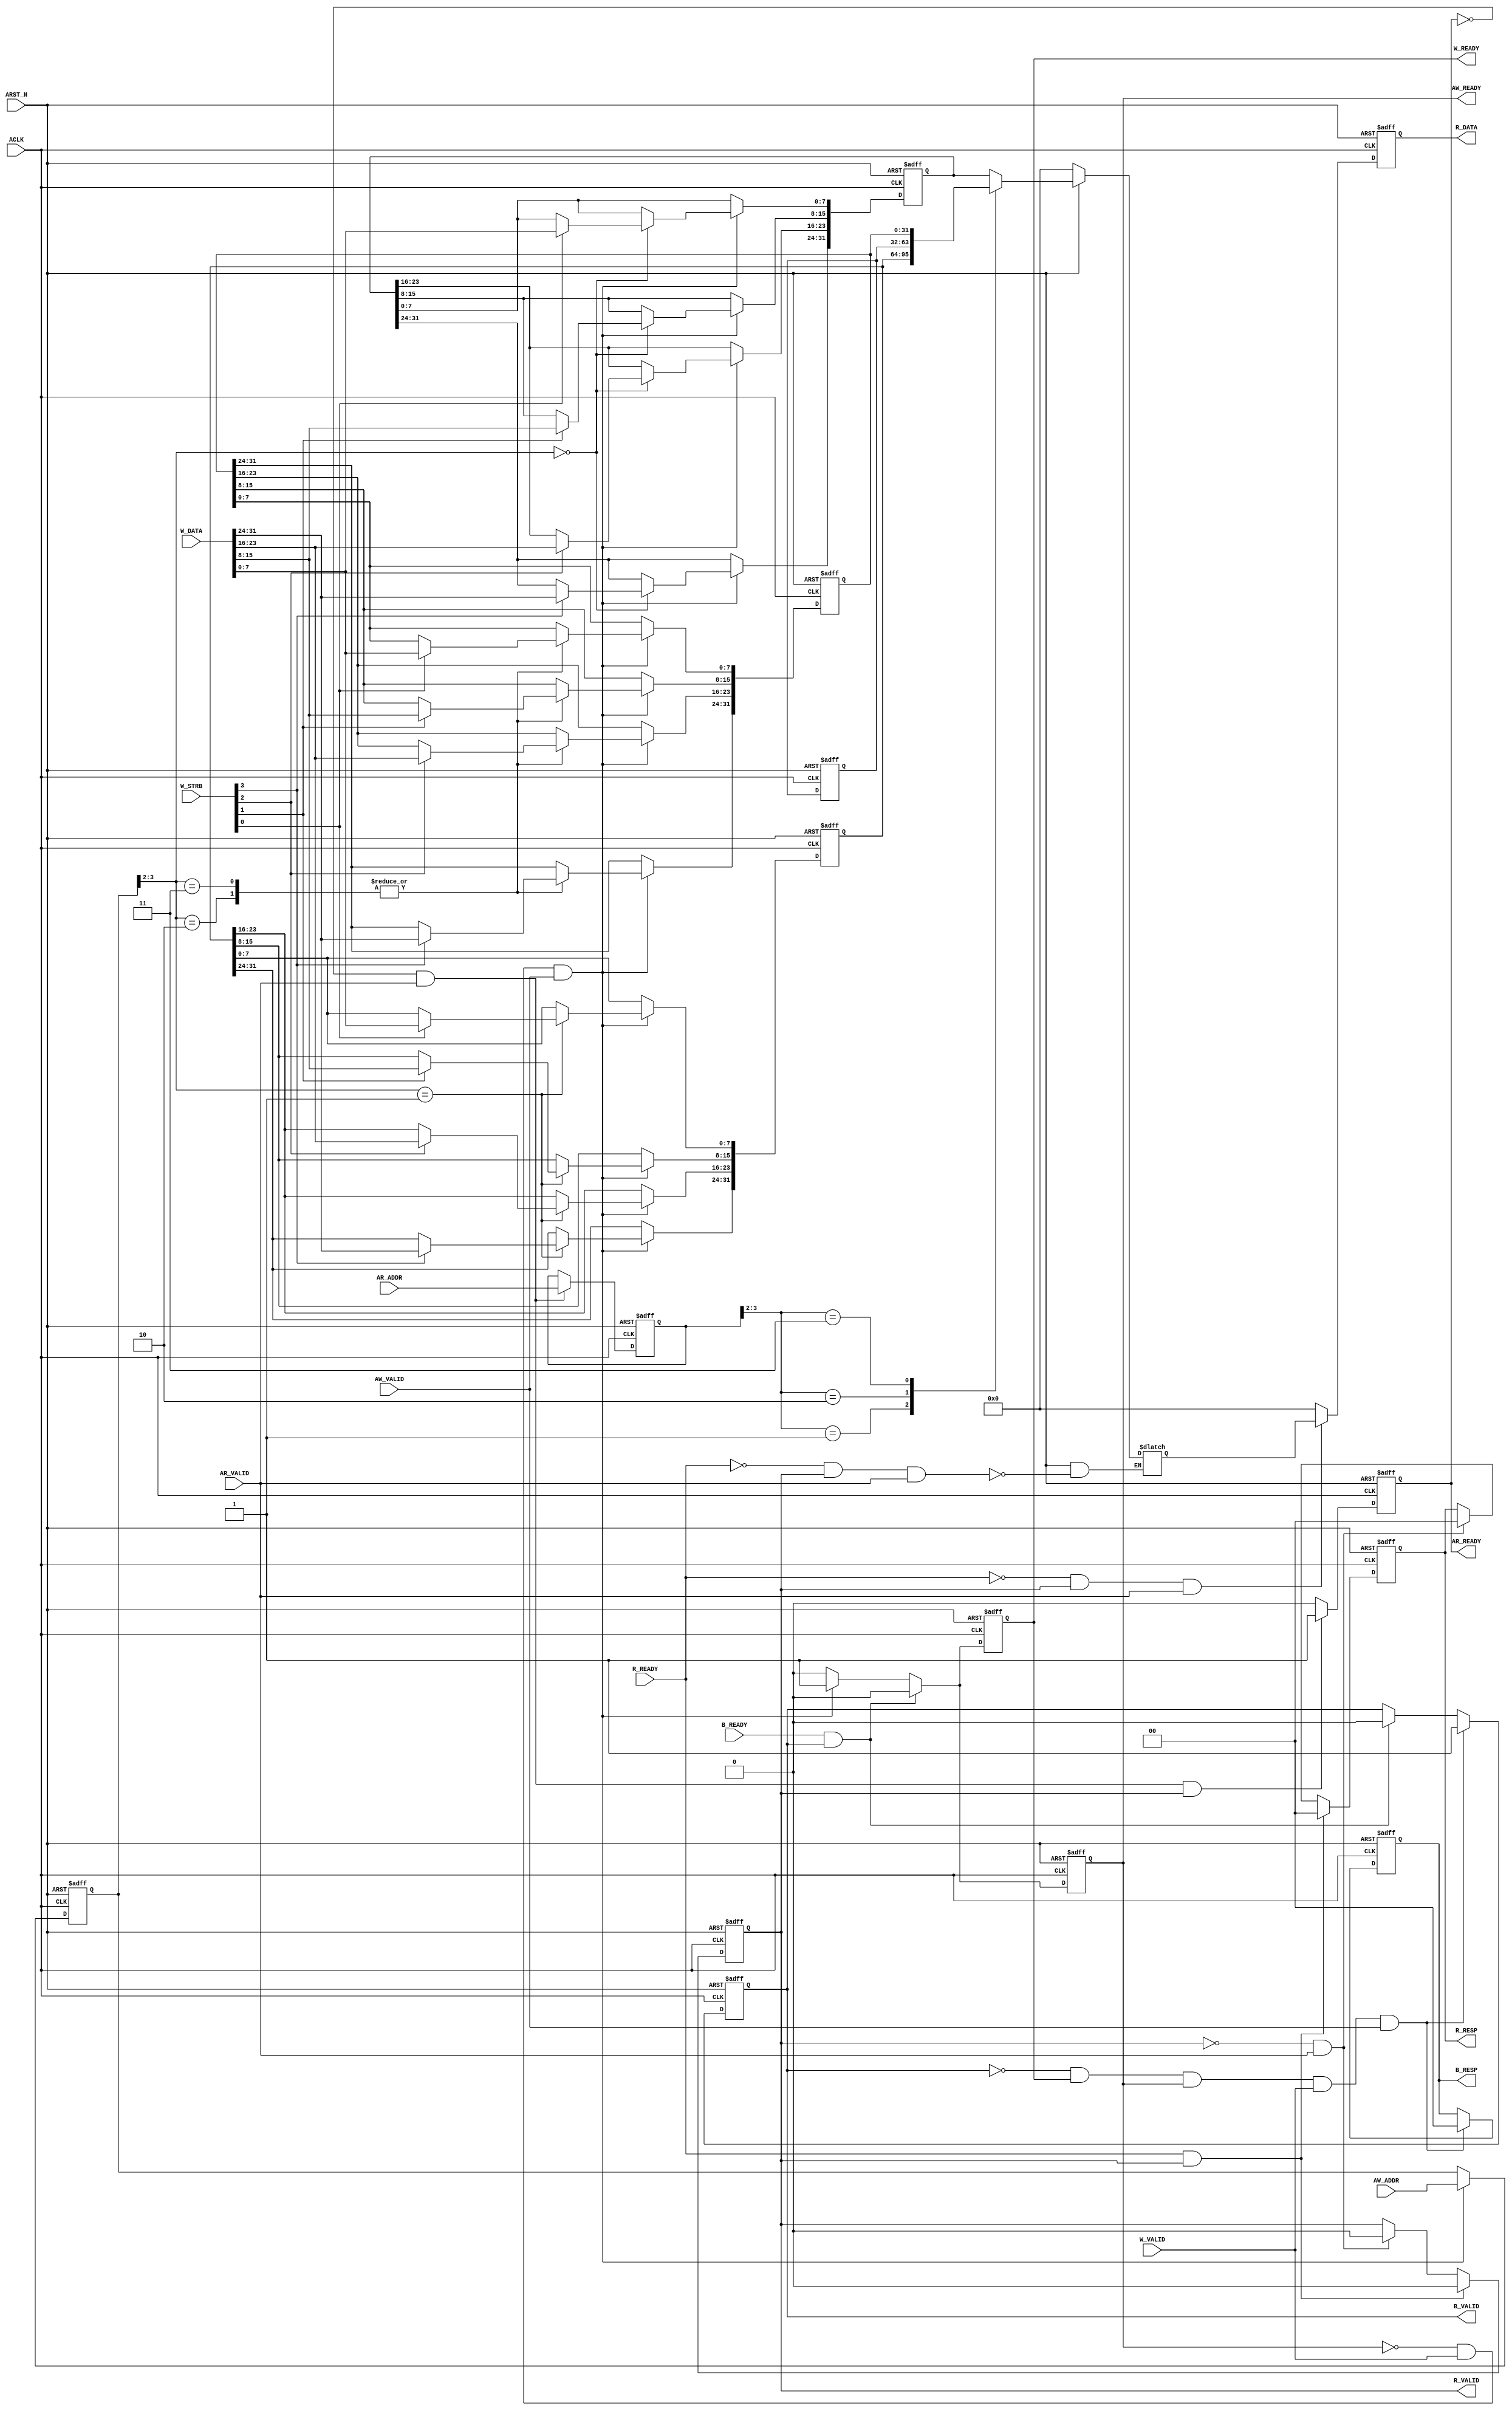
module AXI_LITE_SLAVE
#(
    parameter integer   ADDR_WIDTH = 4        ,
    parameter integer   DATA_WIDTH = 32
)
(
    input                               ACLK        ,
    input                               ARST_N      ,
//
    input       [ADDR_WIDTH-1:0]        AW_ADDR     ,
    input                               AW_VALID    ,
    output  reg                         AW_READY    ,
//
    input       [DATA_WIDTH-1:0]        W_DATA      ,
    input       [(DATA_WIDTH/8)-1:0]    W_STRB      ,
    input                               W_VALID     ,
    output  reg                         W_READY     ,
//
    output  reg [1:0]                   B_RESP      ,
    output  reg                         B_VALID     ,
    input                               B_READY     ,
//
    input       [ADDR_WIDTH-1:0]        AR_ADDR     ,
    input                               AR_VALID    ,
    output  reg                         AR_READY    ,
//
    output  reg [DATA_WIDTH-1:0]        R_DATA      ,
    output  reg [1:0]                   R_RESP      ,
    output  reg                         R_VALID     ,
    input                               R_READY
);

localparam LSB = DATA_WIDTH/32 + 1;//

integer i;

reg [ADDR_WIDTH-1:0]    waddr       ;
reg [ADDR_WIDTH-1:0]    raddr       ;

reg [DATA_WIDTH-1:0]    W_DATA_reg0 ;
reg [DATA_WIDTH-1:0]    W_DATA_reg1 ;
reg [DATA_WIDTH-1:0]    W_DATA_reg2 ;
reg [DATA_WIDTH-1:0]    W_DATA_reg3 ;
reg [DATA_WIDTH-1:0]    R_DATA_reg  ;


//
//AW_READY
always@(posedge ACLK or negedge ARST_N)begin
    if(!ARST_N)begin
        AW_READY <= 1'b0;
    end
    else if(B_READY && B_VALID)begin
        AW_READY <= 1'b0;
    end
    else if(!AW_READY && W_VALID && AW_VALID)begin
        AW_READY <= 1'b1;
    end
    else begin
        AW_READY <= 1'b0;
    end
end

//AW_ADDR
always@(posedge ACLK or negedge ARST_N)begin
    if(!ARST_N)begin
        waddr <= 'b0;
    end
    else if(!AW_READY && W_VALID && AW_VALID)begin
        waddr <= AW_ADDR;
    end
end

//
//W_READY
always@(posedge ACLK or negedge ARST_N)begin
    if(!ARST_N)begin
        W_READY <= 1'b0;
    end
    else if(B_READY && B_VALID)begin
        W_READY <= 1'b0;
    end
    else if(!AW_READY && W_VALID && AW_VALID)begin
        W_READY <= 1'b1;
    end
    else begin
        W_READY <= 1'b0;
    end
end

//W_DATA
always@(posedge ACLK or negedge ARST_N)begin
    if(!ARST_N)begin
        W_DATA_reg0  <= 'b0;
        W_DATA_reg1  <= 'b0;
        W_DATA_reg2  <= 'b0;
        W_DATA_reg3  <= 'b0;
    end
    else if(!AW_READY && W_VALID && AW_VALID)begin
        case(waddr[ADDR_WIDTH-1:LSB])
            2'b00:begin
                for(i = 0;i < (DATA_WIDTH/8); i = i + 1)begin
                    if(W_STRB[i])begin
                        W_DATA_reg0[i*8 +: 8] <= W_DATA[i*8 +: 8];
                    end
                end
            end

                2'b01:begin
                for(i = 0;i < (DATA_WIDTH/8); i = i + 1)begin
                    if(W_STRB[i])begin
                        W_DATA_reg1[i*8 +: 8] <= W_DATA[i*8 +: 8];
                    end
                end
            end

            2'b10:begin
                for(i = 0;i < (DATA_WIDTH/8); i = i + 1)begin
                    if(W_STRB[i])begin
                        W_DATA_reg3[i*8 +: 8] <= W_DATA[i*8 +: 8];
                    end
                end
            end

            2'b11:begin
                for(i = 0;i < (DATA_WIDTH/8); i = i + 1)begin
                    if(W_STRB[i])begin
                        W_DATA_reg3[i*8 +: 8] <= W_DATA[i*8 +: 8];
                    end
                end
            end

            default: begin
                W_DATA_reg0  <= W_DATA_reg0;
                W_DATA_reg1  <= W_DATA_reg1;
                W_DATA_reg2  <= W_DATA_reg2;
                W_DATA_reg3  <= W_DATA_reg3;
            end
        endcase
    end
end

//
//B_RESP
always@(posedge ACLK or negedge ARST_N)begin
    if(!ARST_N)begin
        B_RESP <= 2'b00;
    end
    else if(!B_VALID && W_READY && AW_READY && W_VALID && AW_VALID)begin
        B_RESP <= 2'b00;
    end
end

//B_VALID
always@(posedge ACLK or negedge ARST_N)begin
    if(!ARST_N)begin
        B_VALID <= 1'b0;
    end
    else if(!B_VALID && W_READY && AW_READY && W_VALID && AW_VALID)begin
        B_VALID <= 1'b1;
    end
    else if(B_READY && B_VALID)begin
        B_VALID <= 1'b0;
    end
end

//
//AR_READY
always@(posedge ACLK or negedge ARST_N)begin
    if(!ARST_N)begin
        AR_READY <= 1'b0;
    end
    else if(!AR_READY && AR_VALID && R_VALID)begin
        AR_READY <= 1'b1;
    end
    else begin
        AR_READY <= 1'b0;
    end
end

//R_ADDR
always@(posedge ACLK or negedge ARST_N)begin
    if(!ARST_N)begin
        raddr <= 'b0;
    end
    else if(!AR_READY && AR_VALID)begin
        raddr <= AR_ADDR;
    end
end

//
//R_VALID
always@(posedge ACLK or negedge ARST_N)begin
    if(!ARST_N)begin
        R_VALID <= 1'b0;
    end
    else if(R_READY && R_VALID)begin
        R_VALID <= 1'b0;
    end
    else if(!R_VALID && AR_VALID)begin
        R_VALID <= 1'b0;
    end
end

//R_RESP
always@(posedge ACLK or negedge ARST_N)begin
    if(!ARST_N)begin
        R_RESP <= 2'b00;
    end
    else if(R_READY && R_VALID)begin
        R_RESP <= 2'b00;
    end
    else if(!R_VALID && AR_VALID)begin
        R_RESP <= 2'b00;
    end
end

//R_DATA
always@(*)begin
    if(!ARST_N)begin
        R_DATA_reg <= 'b0;
    end
    else if(!R_READY && R_VALID && AR_VALID)begin
        case(raddr[ADDR_WIDTH-1:LSB])
            2'b00:begin
                R_DATA_reg <= W_DATA_reg0;
            end

            2'b01:begin
                R_DATA_reg <= W_DATA_reg1;
            end

            2'b10:begin
                R_DATA_reg <= W_DATA_reg2;
            end

            2'b11:begin
                R_DATA_reg <= W_DATA_reg3;
            end
            default begin
                R_DATA_reg <= 'b0;
            end
        endcase
    end
end

always@(posedge ACLK or negedge ARST_N)
    if(~ARST_N)
        R_DATA <= 'd0;
    else if(~R_READY && R_VALID && AR_VALID)begin
        R_DATA <= R_DATA_reg;
    end
    else begin
        R_DATA <= 'd0;
    end
endmodule